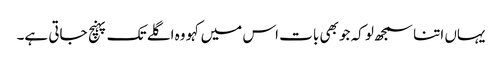
یہاں اتنا سمجھ لو کہ جو بھی بات اس میں کہو وہ اگلے تک پہنچ جاتی ہے۔